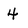
Character: 4